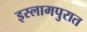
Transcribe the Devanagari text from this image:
इस्लामपुरात